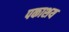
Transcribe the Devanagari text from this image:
पकाशय